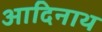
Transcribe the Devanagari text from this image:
आदिनाथ्‍ा